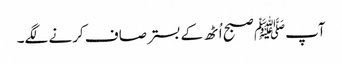
آپﷺ صبح اُٹھ کے بستر صاف کرنے لگے۔